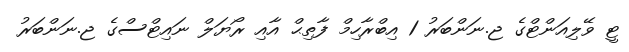
ޓީ ވޭލިއަންޓްގެ ޖ.ނަންބަރު 1 އިބްރާހިމް ފާތިޙް އާއި ރޯޔަލް ނައިޓްސްގެ ޖ.ނަންބަރު